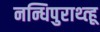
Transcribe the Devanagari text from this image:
नन्धिपुराथ्त्हू